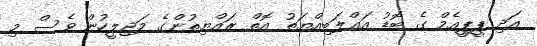
އަދި ޕީޕީއެމް ގެ ބޮޑު އަޣްލަބިއްޔަތު އޮތް ރައްޔިތުންގެ މަޖިލީހުން ވެސް މި